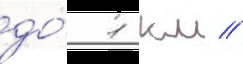
до́ 1 км //